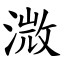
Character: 溦